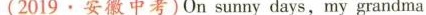
(2019.安徽中考) On sunny days,my grandma